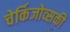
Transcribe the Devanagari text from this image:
चेर्किजोव्सकी